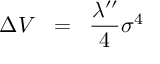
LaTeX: \Delta V \; \; = \; \; \frac { \lambda ^ { \prime \prime } } { 4 } \sigma ^ { 4 }